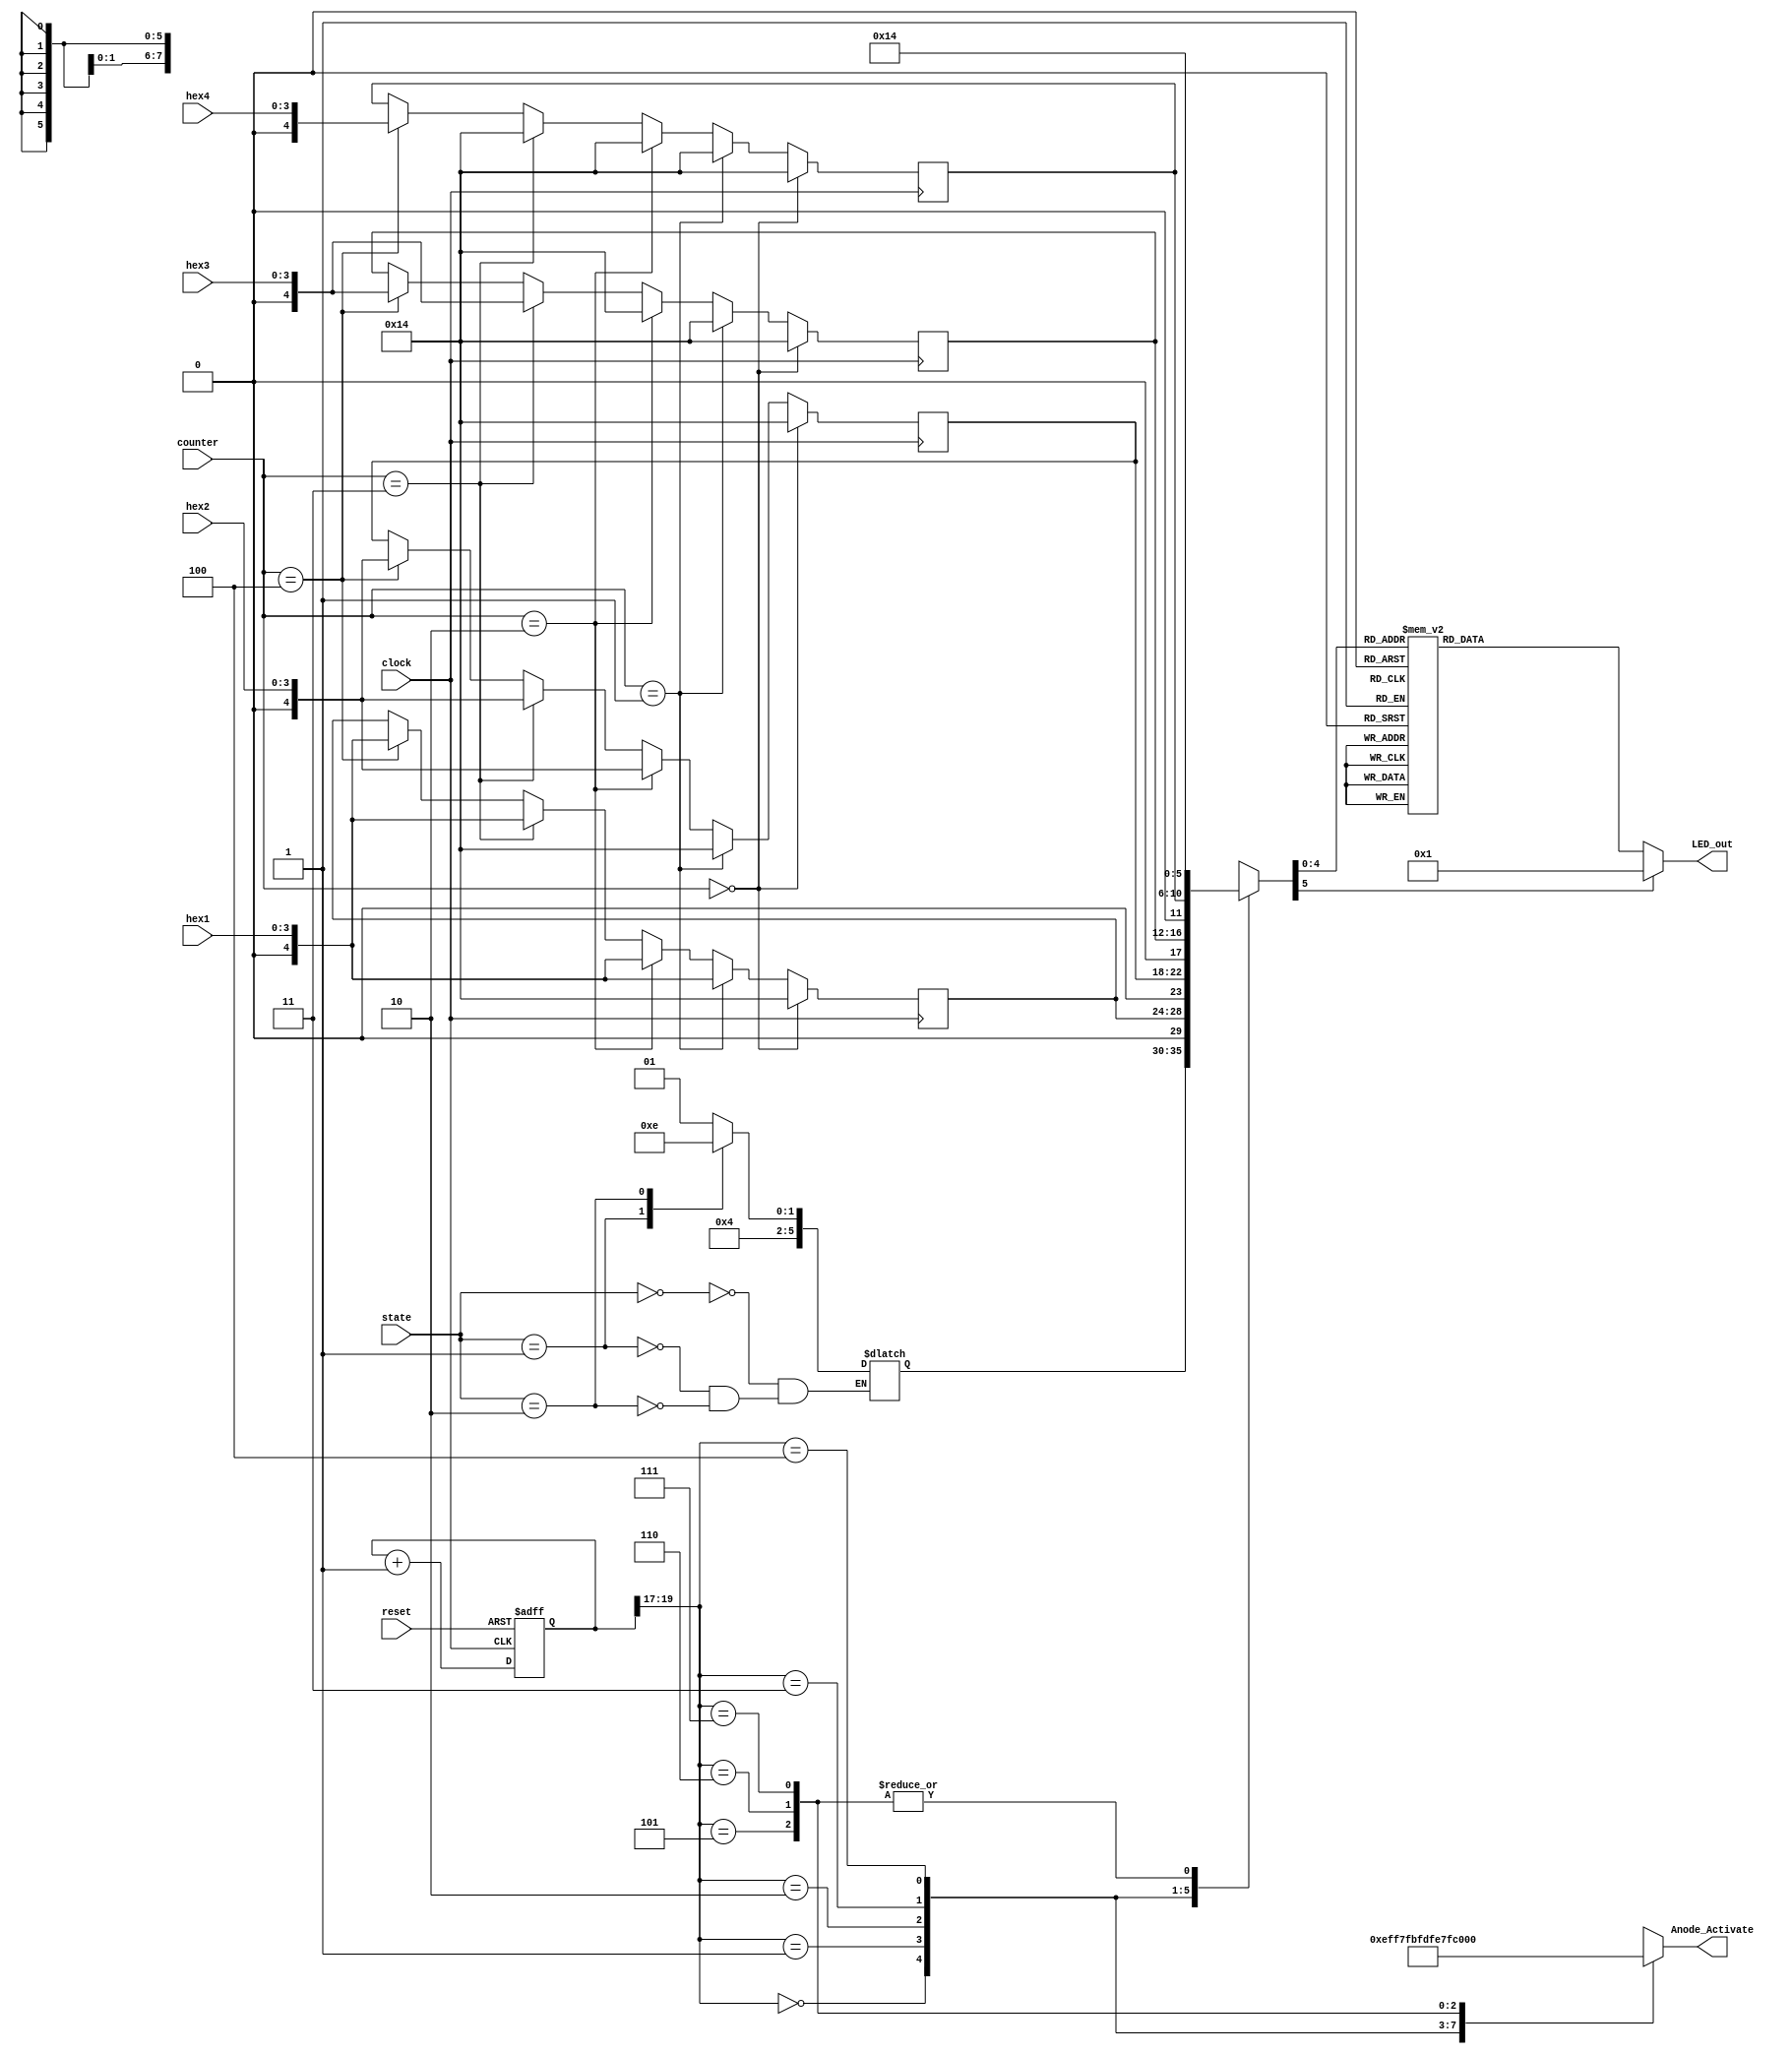
`timescale 1ns / 1ps
//////////////////////////////////////////////////////////////////////////////////
// Company: 
// Engineer: 
// 
// Design Name: 
// Module Name: hex_number_ssd
// Project Name: 
// Target Devices: 
// Tool Versions: 
// Description: 
// 
// Dependencies: 
// 
// Revision:
// Revision 0.01 - File Created
// Additional Comments:
// 
//////////////////////////////////////////////////////////////////////////////////


module Hex_SSD(
    input clock,
    input reset,
    output reg [7:0] Anode_Activate, // 8 anode signals for the SSD
    output reg [6:0] LED_out, // cathode patterns
    
    input [3:0] hex1,
    input [3:0] hex2,
    input [3:0] hex3,
    input [3:0] hex4,
    
    input [2:0] counter,
    input [1:0] state
    
    );
    reg [5:0] enumerated_state;
    reg [5:0] LED_BCD;
    reg [19:0] refresh_counter;
    
    wire [2:0] LED_activating_counter;
    
    reg [4:0] h1, h2, h3, h4;
   
    
    
    
    
    
    
//    always @(posedge clock)
//    begin
//        h1 <= {1'b0, hex1};
//        h2 <= {1'b0, hex2};
//        h3 <= {1'b0, hex3};
//        h4 <= {1'b0, hex4};
//    end
    
    
    always @(posedge clock)
    begin
        if(counter == 3'b000)
        begin
            h1 <= 5'b10100;
            h2 <= 5'b10100;
            h3 <= 5'b10100;
            h4 <= 5'b10100;
        end
        else if(counter == 3'b001)
        begin
            h1 <= {1'b0, hex1};
            h2 <= 5'b10100;
            h3 <= 5'b10100;
            h4 <= 5'b10100;
        end
        else if(counter == 3'b010)
        begin
            h1 <= {1'b0, hex1};
            h2 <= {1'b0, hex2};
            h3 <= 5'b10100;
            h4 <= 5'b10100;
        end
        else if(counter == 3'b011)
        begin
            h1 <= {1'b0, hex1};
            h2 <= {1'b0, hex2};
            h3 <= {1'b0, hex3};
            h4 <= 5'b10100;
        end
        else if(counter == 3'b100)
        begin
            h1 <= {1'b0, hex1};
            h2 <= {1'b0, hex2};
            h3 <= {1'b0, hex3};
            h4 <= {1'b0, hex4};
        end
        
    end

    
    
//    always @(posedge clock)
//    begin
//        if(lock == 1'b1)
//        begin
//            state <= 2'b10;
            
//        end
//        else if(unlock == 1'b1)
//        begin
//            state <= 2'b01;
//        end
//        else if(enter == 1'b1)
//        begin
//            state <= 2'b00;
//        end
//    end
    
    
    always @(posedge clock, posedge reset)
    begin
        if(reset)
        begin
            refresh_counter <= 0;
//            state <= 2'b00;
            
        end
        else
            refresh_counter <= refresh_counter + 1; 
    end
    
    assign LED_activating_counter = refresh_counter[19:17];
    
    always @(*)
    begin
        case(state)
            2'b00: enumerated_state <= 5'b10001; // initial
            2'b01: enumerated_state <= 5'b10011; // unlocked
            2'b10: enumerated_state <= 5'b10010; // locked
        endcase
    end
    
    
    
    always @(*)
    begin
        case(LED_activating_counter)
        3'b000: begin
            Anode_Activate = 8'b11101111; 
            // activate LED1 and Deactivate LED2, LED3, LED4
            LED_BCD = enumerated_state;
            // the first digit of the 16-bit number
              end
        3'b001: begin
            Anode_Activate = 8'b11110111; 
            // activate LED2 and Deactivate LED1, LED3, LED4
            LED_BCD = h1;
            // the second digit of the 16-bit number
              end
        3'b010: begin
            Anode_Activate = 8'b11111011; 
            // activate LED3 and Deactivate LED2, LED1, LED4
            LED_BCD = h2;
            // the third digit of the 16-bit number
                end
        3'b011: begin
            Anode_Activate = 8'b11111101; 
            // activate LED4 and Deactivate LED2, LED3, LED1
            LED_BCD = h3;
            // the fourth digit of the 16-bit number    
               end
        3'b100: begin
            Anode_Activate = 8'b11111110; 
            // activate LED4 and Deactivate LED2, LED3, LED1
            LED_BCD = h4;
            // the fourth digit of the 16-bit number    
               end
               
        3'b101: begin
            Anode_Activate = 8'b01111111; 
            // activate LED4 and Deactivate LED2, LED3, LED1
            LED_BCD = 5'b10100;
            // the fourth digit of the 16-bit number    
               end
        3'b110: begin
            Anode_Activate = 8'b10111111; 
            // activate LED4 and Deactivate LED2, LED3, LED1
            LED_BCD = 5'b10100;
            // the fourth digit of the 16-bit number    
               end
        3'b111: begin
            Anode_Activate = 8'b11011111; 
            // activate LED4 and Deactivate LED2, LED3, LED1
            LED_BCD = 5'b10100;
            // the fourth digit of the 16-bit number    
               end               
        endcase
    end
    // Cathode patterns of the 7-segment LED display 
    always @(*)
    begin
        case(LED_BCD)
        5'b00000: LED_out = 7'b0000001; // "0"     
        5'b00001: LED_out = 7'b1001111; // "1" 
        5'b00010: LED_out = 7'b0010010; // "2" 
        5'b00011: LED_out = 7'b0000110; // "3" 
        5'b00100: LED_out = 7'b1001100; // "4" 
        5'b00101: LED_out = 7'b0100100; // "5" 
        5'b00110: LED_out = 7'b0100000; // "6" 
        5'b00111: LED_out = 7'b0001111; // "7" 
        5'b01000: LED_out = 7'b0000000; // "8"     
        5'b01001: LED_out = 7'b0000100; // "9"
        
        5'b01010: LED_out = 7'b0001000; // "10-A"
        5'b01011: LED_out = 7'b1100000; // "11-B"
        5'b01100: LED_out = 7'b0110001; // "12-C"
        5'b01101: LED_out = 7'b1000010; // "13-D"
        5'b01110: LED_out = 7'b0110000; // "14-E"
        5'b01111: LED_out = 7'b0111000; // "15-F"
        
        5'b10001: LED_out = 7'b1111001; // "I"
        5'b10010: LED_out = 7'b1000001; // "U"
        5'b10011: LED_out = 7'b1110001; // "L"
        
        5'b10100: LED_out = 7'b1111111; // "turned off"
        
        default: LED_out = 7'b0000001; // "0"
        endcase
    end
    
    
endmodule